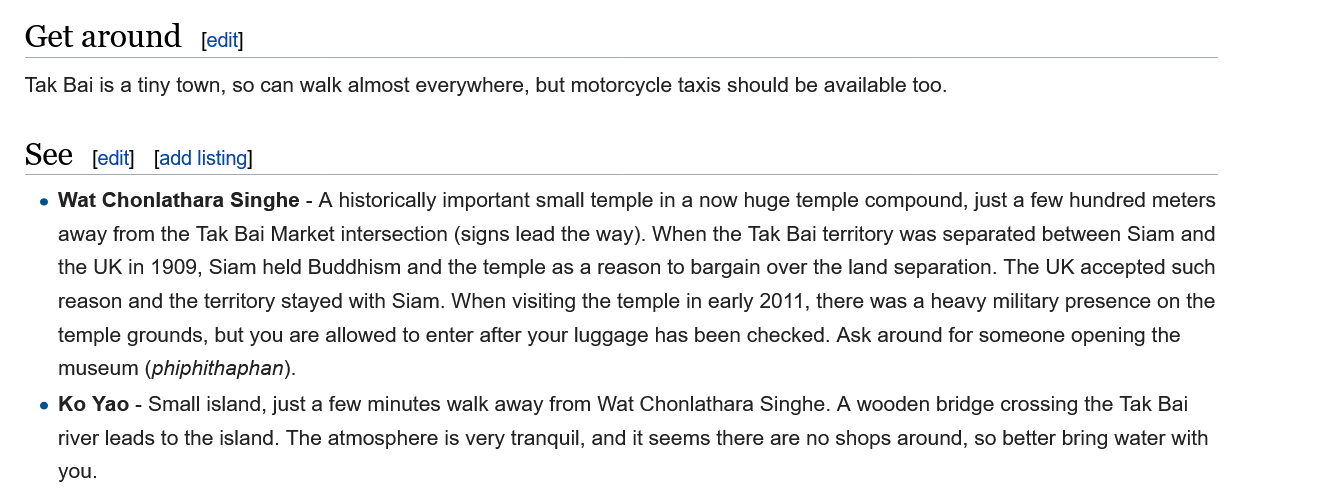
Get  around
   Tak Bai is a tiny town, so can walk almost everywhere, but motorcycle taxis should be available too.
   See
    e Wat Chonlathara Singhe -
   A
     historically important small temple in a now huge temple compound, just a few hundred meters
     away from the Tak Bai Market intersection (signs lead the way). When the Tak Bai territory was separated between Siam and
     the UK in 1909, Siam held Buddhism and the temple as a reason to bargain over the land separation. The UK accepted such
     reason and the territory stayed with Siam. When visiting the temple in early 2011, there was a heavy military presence on the
     temple grounds, but you are allowed to enter after your luggage has been checked. Ask around for someone opening the
     museum  (phiphithaphan).
    e Ko Yao - Small island, just a few minutes walk away from Wat Chonlathara Singhe. A wooden bridge crossing the Tak Bai
     river leads to the island. The atmosphere is very tranquil, and it seems there are no shops around, so better bring water with
     you.
     [add listing]